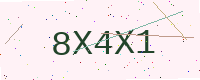
Text: 8X4X1